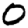
Digit: 0